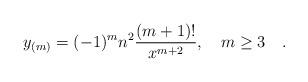
LaTeX: \begin{align*}y_{(m)} = (-1)^m n^2 {{(m+1)! }\over{x^{m+2}}} , \quad m \ge 3 \quad . \end{align*}